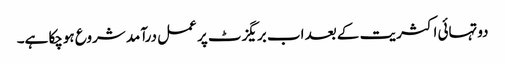
دوتہائی اکثریت کے بعد اب بریگزٹ پر عمل درآمد شروع ہوچکا ہے۔